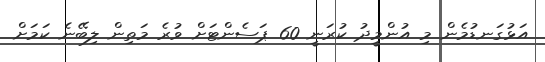
އަޅުގަނޑުމެން މި އުންމީދު ކުރަނީ 60 ޕަސެންޓަށް ވުރެ މަތިން ލިބޭނެ ކަމަށް